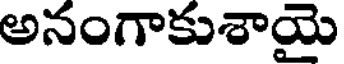
అనంగాకుశాయై